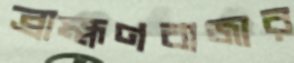
ব্রাহ্মণবাজার